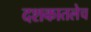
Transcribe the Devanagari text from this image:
दशकातलेच